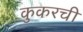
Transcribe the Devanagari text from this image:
कुकरची